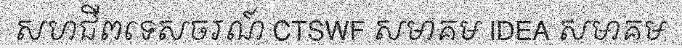
សហជីពទេសចរណ៍ CTSWF សមាគម IDEA សមាគម